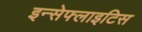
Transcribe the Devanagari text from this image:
इन्सेफ्लाइटिस